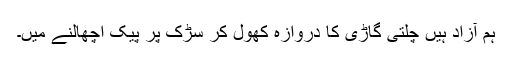
ہم آزاد ہیں چلتی گاڑی کا دروازہ کھول کر سڑک پر پیک اچھالنے میں۔